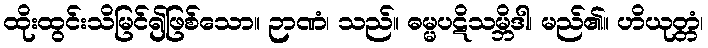
ထိုးထွင်းသိမြင်၍ဖြစ်သော။ ဉာဏံ၊ သည်။ ဓမ္မပဋိသမ္ဘိဒါ၊ မည်၏။ ဟိယုတ္တံ၊